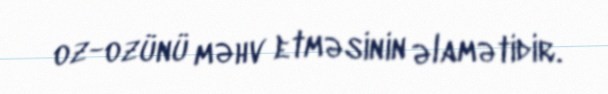
oz-ozünü məhv etməsinin əlamətidir.